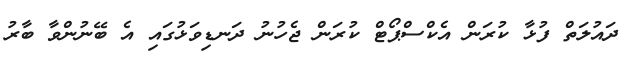
ދައުލަތް ފުޅާ ކުރަން އެކްސްޕޯޓް ކުރަން ޖެހުނު ދަނޑިވަޅުގައި އެ ބޭނުންވާ ބާރު